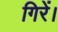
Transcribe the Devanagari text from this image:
गिरें।